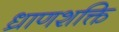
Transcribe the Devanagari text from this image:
ध्राणशक्ति